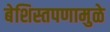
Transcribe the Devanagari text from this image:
बेशिस्तपणामुळे